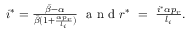
\begin{array} { r } { i ^ { * } = \frac { \bar { \beta } - \alpha } { \bar { \beta } ( 1 + \frac { \alpha p _ { r } } { l _ { i } } ) } \ \mathrm { ~ a ~ n ~ d ~ } r ^ { * } \ = \ \frac { i ^ { * } \alpha p _ { r } } { l _ { i } } . } \end{array}